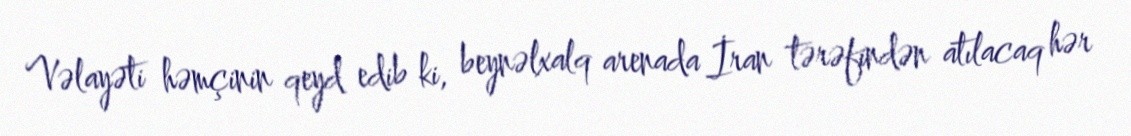
Vəlayəti həmçinin qeyd edib ki, beynəlxalq arenada İran tərəfindən atılacaq hər